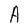
Character: A